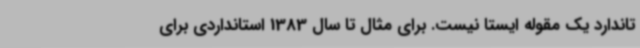
تاندارد یک مقوله ایستا نیست. برای مثال تا سال 1383 استانداردی برای